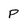
Character: P